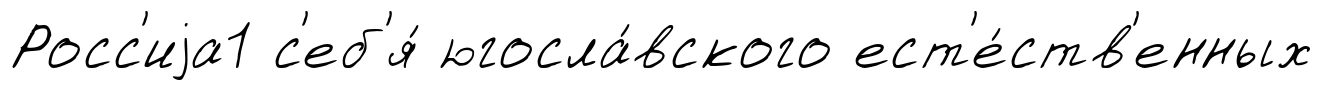
Росс'иjа1 с'еб'я́ югосла́вского ест'е́ств'енных